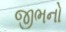
જીભનો